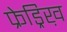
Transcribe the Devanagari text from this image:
फ्रेड्रिख़